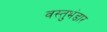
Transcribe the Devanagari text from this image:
वस्तुभंडार